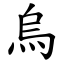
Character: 烏